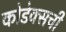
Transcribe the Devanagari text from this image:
कोडेक्सची